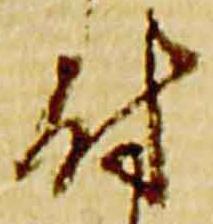
付